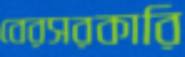
বেরসরকারি